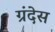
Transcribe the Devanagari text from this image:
ग्रंदेस